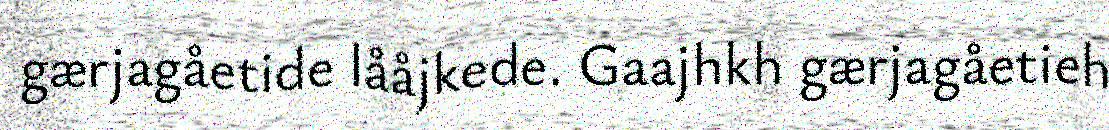
gærjagåetide lååjkede. Gaajhkh gærjagåetieh